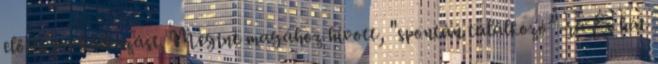
előtti próbálkozást. Megint magá­hoz hívott, "spontán találkozó”-ra És hát